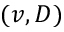
( v , D )